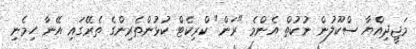
މަޖީދިއްޔާ ސްކޫލުން ނުކުތް އެންމެ "ރަން" ކްރިކެޓް ކުޅުންތެރިންގެ ތެރޭގައި އޭނާ ހިމެނި